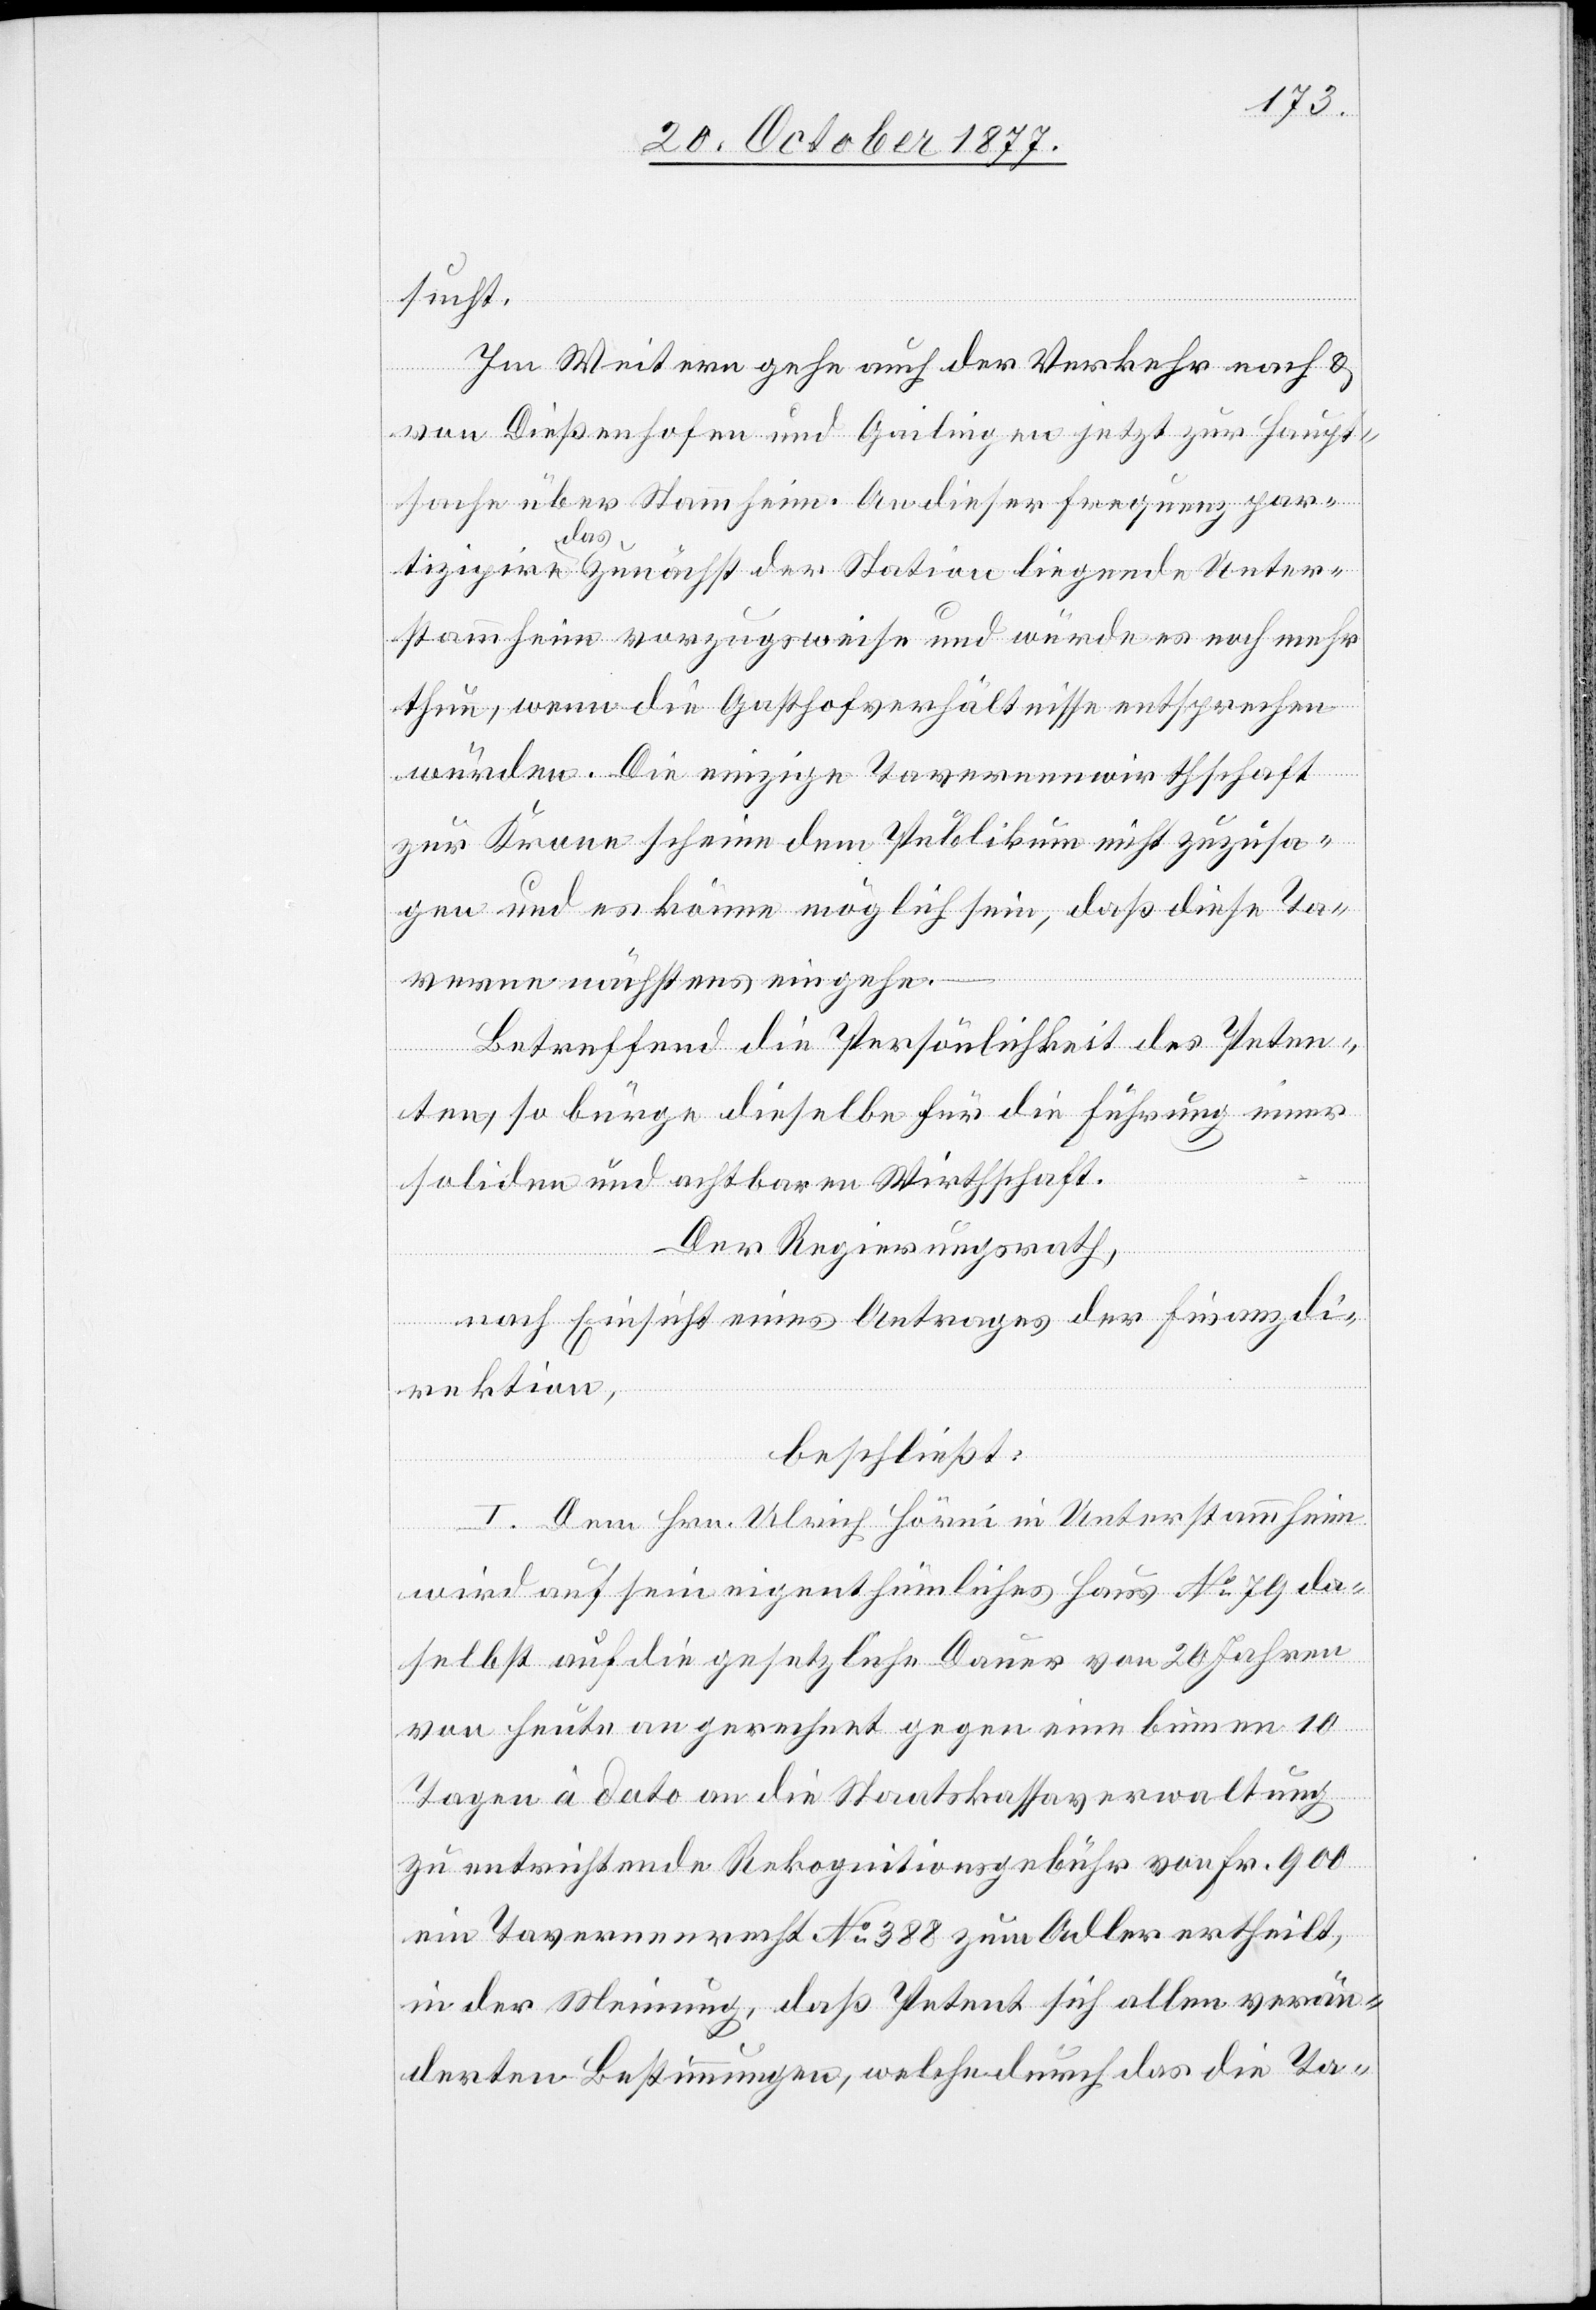
sucht.
die
Im Weitern gehe auch der Verkehr nach &
von Dießenhofen und Gailingen jetzt zur Haupt¬
sache über Stammheim. An dieser Frequenz par¬
tizipire das zunächst der Station liegende Unter¬
stammheim vorzugsweise und würde es noch mehr
thun, wenn die Gasthofverhältnisse entsprechen
würden. Die einzige Tavernenwirthschaft
zur Krone scheine dem Publikum nicht zuzusa¬
gen und es könne möglich sein, daß diese Ta¬
verne nächstens eingehe.
Betreffend die Persönlichkeit des Peten¬
ten, so bürge dieselbe für die Führung einer
soliden und achtbaren Wirthschaft.
Der Regierungsrath,
nach Einsicht eines Antrages der Finanzdi¬
rektion,
beschließt:
I. Dem Hrn. Ulrich Hörni in Unterstammheim
wird auf sein eigenthümliches Haus No 79 da¬
selbst auf die gesetzliche Dauer von 20 Jahren
von heute an gerechnet gegen eine binnen 10
Tagen à dato an die Staatskassaverwaltung
zu entrichtende Rekognitionsgebühr von Fr. 900
ein Tavernenrecht No 388 zum Adler ertheilt,
in der Meinung, daß Petent sich allen verän¬
derten Bestimmungen, welche durch das [bet¬